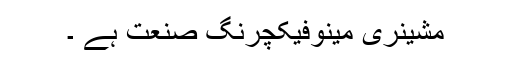
مشینری مینوفیکچرنگ صنعت ہے ۔